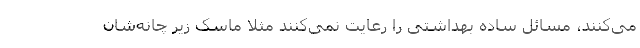
می‌کنند، مسائل ساده بهداشتی را رعایت نمی‌کنند مثلا ماسک زیر چانه‌شان